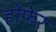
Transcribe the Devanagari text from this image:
होफेर